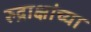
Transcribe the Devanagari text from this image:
रुद्राक्षांच्या